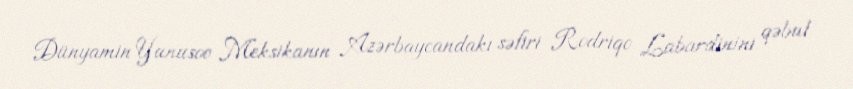
Dünyamin Yunusov Meksikanın Azərbaycandakı səfiri Rodriqo Labardinini qəbul